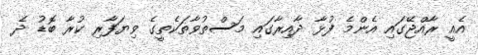
އެއީ ރާއްޖޭގައި އެންމެ ފުޅާ ދާއިރާގައި މަސްތުވާތަކެތީގެ ވިޔަފާރި ކުރާ ބޮޑު ދެ